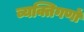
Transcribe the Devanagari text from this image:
व्यक्तिगणों